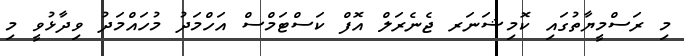
މި ރަސްމީޔާތުގައި ކޮމިޝަނަރ ޖެނެރަލް އޮފް ކަސްޓަމްސް އަހްމަދު މުހައްމަދު ވިދާޅުވީ މި